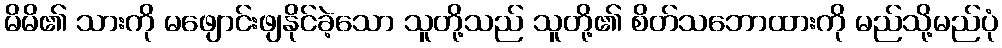
မိမိ၏ သားကို မဖျောင်းဖျနိုင်ခဲ့သော သူတို့သည် သူတို့၏ စိတ်သဘောထားကို မည်သို့မည်ပုံ